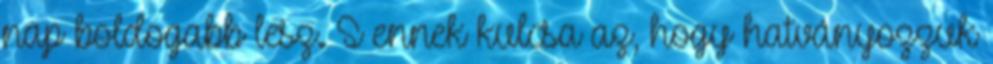
nap boldogabb lesz. S ennek kulcsa az, hogy hatványozzuk